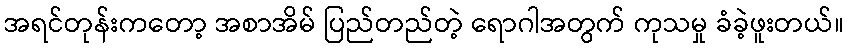
အရင်တုန်းကတော့ အစာအိမ် ပြည်တည်တဲ့ ရောဂါအတွက် ကုသမှု ခံခဲ့ဖူးတယ်။